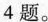
4题。